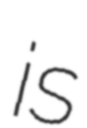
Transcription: is